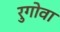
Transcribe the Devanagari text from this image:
रुगोवा